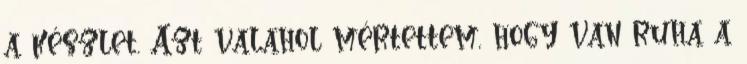
a készlet. Azt valahol mértettem, hogy van ruha a